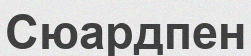
Сюардпен